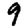
Digit: 9